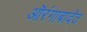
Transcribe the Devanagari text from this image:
ऒरंगाबादेत